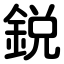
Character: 鋭